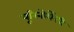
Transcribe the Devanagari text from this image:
यूरिनोथेरेपी